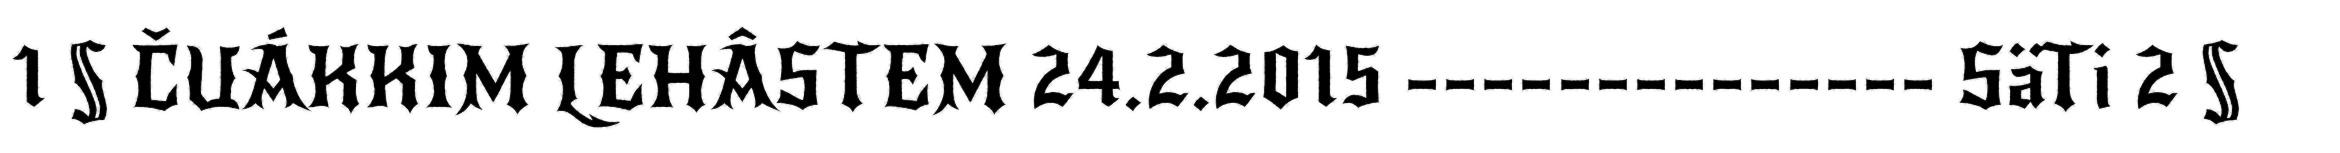
1 § ČUÁKKIM LEHÂSTEM 24.2.2015 -------------- SäTi 2 §